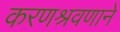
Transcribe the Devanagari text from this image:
करणश्रवणाने